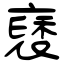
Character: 褎